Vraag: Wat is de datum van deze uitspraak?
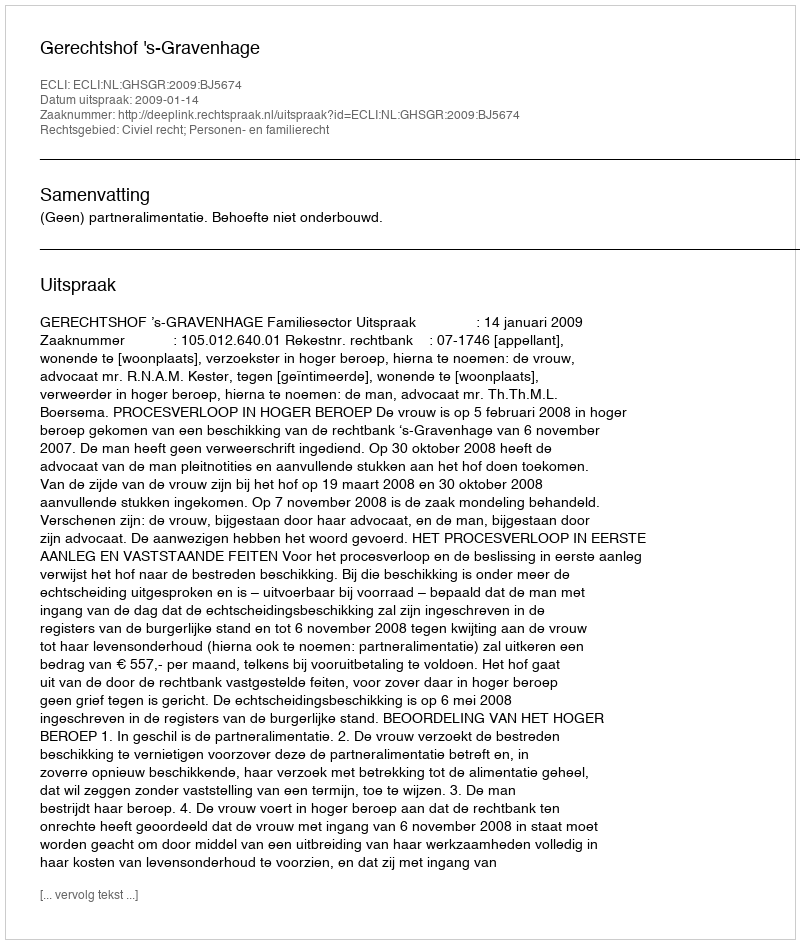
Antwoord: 2009-01-14